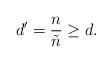
LaTeX: \begin{align*}d'=\frac n{\tilde n}\ge d.\end{align*}